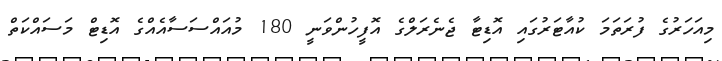
މިއަހަރުގެ ފުރަތަމަ ކުއާޓަރުގައި އޮޑިޓާ ޖެނެރަލްގެ އޮފީހުންވަނީ 180 މުއައްސަސާއެއްގެ އޮޑިޓް މަސައްކަތް